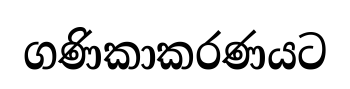
ගණිකාකරණයට